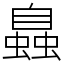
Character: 𧑉